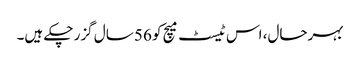
بہرحال، اس ٹیسٹ میچ کو 56 سال گزر چکے ہیں۔